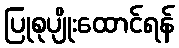
ပြုစုပျိုးထောင်ရန်